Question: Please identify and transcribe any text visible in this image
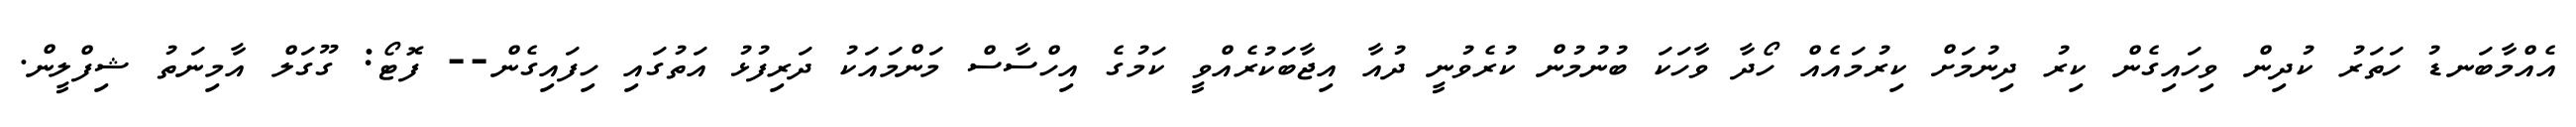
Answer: އެއްމާބަނޑު ހަތަރު ކުދިން ވިހައިގެން ކިރު ދިނުމަށް ކިރުމައެއް ހޯދާ ވާހަކަ ބުނުމުން ކުރެވުނީ ދުއާ އިޖާބަކުރެއްވީ ކަމުގެ އިހްސާސް މަންމައަކު ދަރިފުޅު އަތުގައި ހިފައިގެން-- ފޮޓޯ: ގޫގަލް އާމިނަތު ޝިފްލީން.